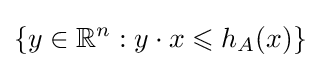
\{y\in \mathbb {R} ^{n}:y\cdot x\leqslant h_{A}(x)\}